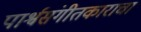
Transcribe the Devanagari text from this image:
पार्श्वसंगीतकाराचा